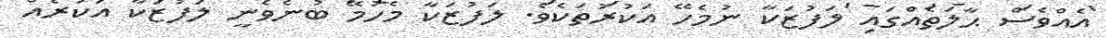
އެއްވެސް ޙާލަތެއްގައި ލަފުޒަކާ ނުމެހޭ އަކުރުތަކެވެ. ލަފުޒަކާ މެހުމޭ ބުނެވެނީ ލަފުޒަކާ އަކުރެއް